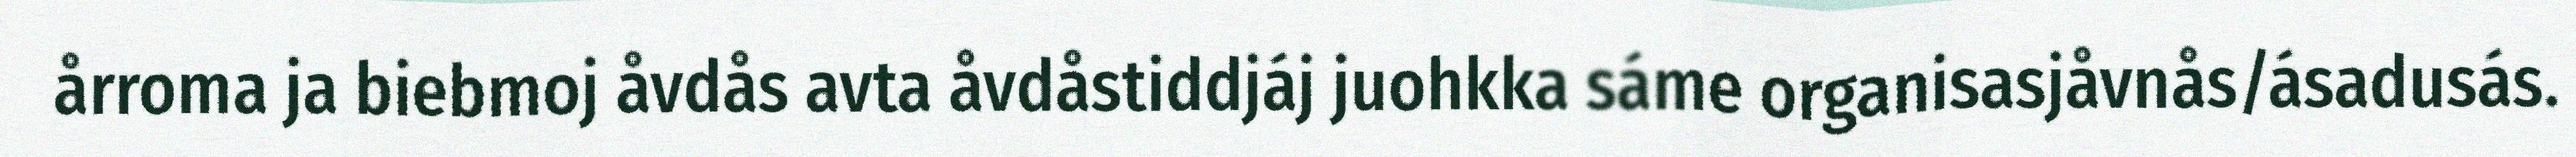
årroma ja biebmoj åvdås avta åvdåstiddjáj juohkka sáme organisasjåvnås/ásadusás.